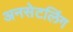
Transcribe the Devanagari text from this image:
अनसेटलिंग